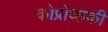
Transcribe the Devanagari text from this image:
कोप्रोव्सकी